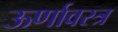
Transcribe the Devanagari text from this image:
ऊर्णावस्त्र